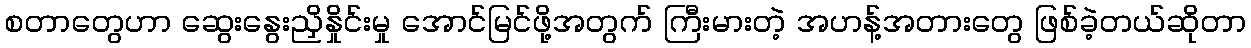
စတာတွေဟာ ဆွေးနွေးညှိနှိုင်းမှု အောင်မြင်ဖို့အတွက် ကြီးမားတဲ့ အဟန့်အတားတွေ ဖြစ်ခဲ့တယ်ဆိုတာ